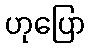
ဟုပြော